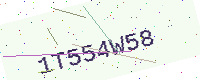
Text: 1T554W58